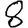
Digit: 8